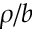
\rho / b